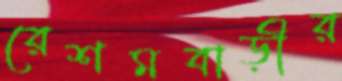
রেশমবাড়ীর